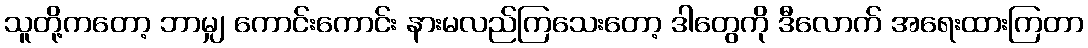
သူတို့ကတော့ ဘာမျှ ကောင်းကောင်း နားမလည်ကြသေးတော့ ဒါတွေကို ဒီလောက် အရေးထားကြတာ